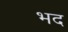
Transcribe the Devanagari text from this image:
भद